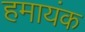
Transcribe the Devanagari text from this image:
हमायंक